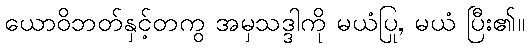
ယောဝိဘတ်နှင့်တကွ အမှသဒ္ဒါကို မယံပြု, မယံ ပြီး၏။